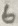
Text: 6